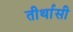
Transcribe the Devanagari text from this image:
तीर्थासी